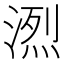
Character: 𪶭